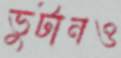
ভুটানও